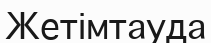
Жетімтауда